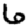
Digit: 6